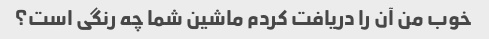
خوب من آن را دریافت کردم ماشین شما چه رنگی است؟